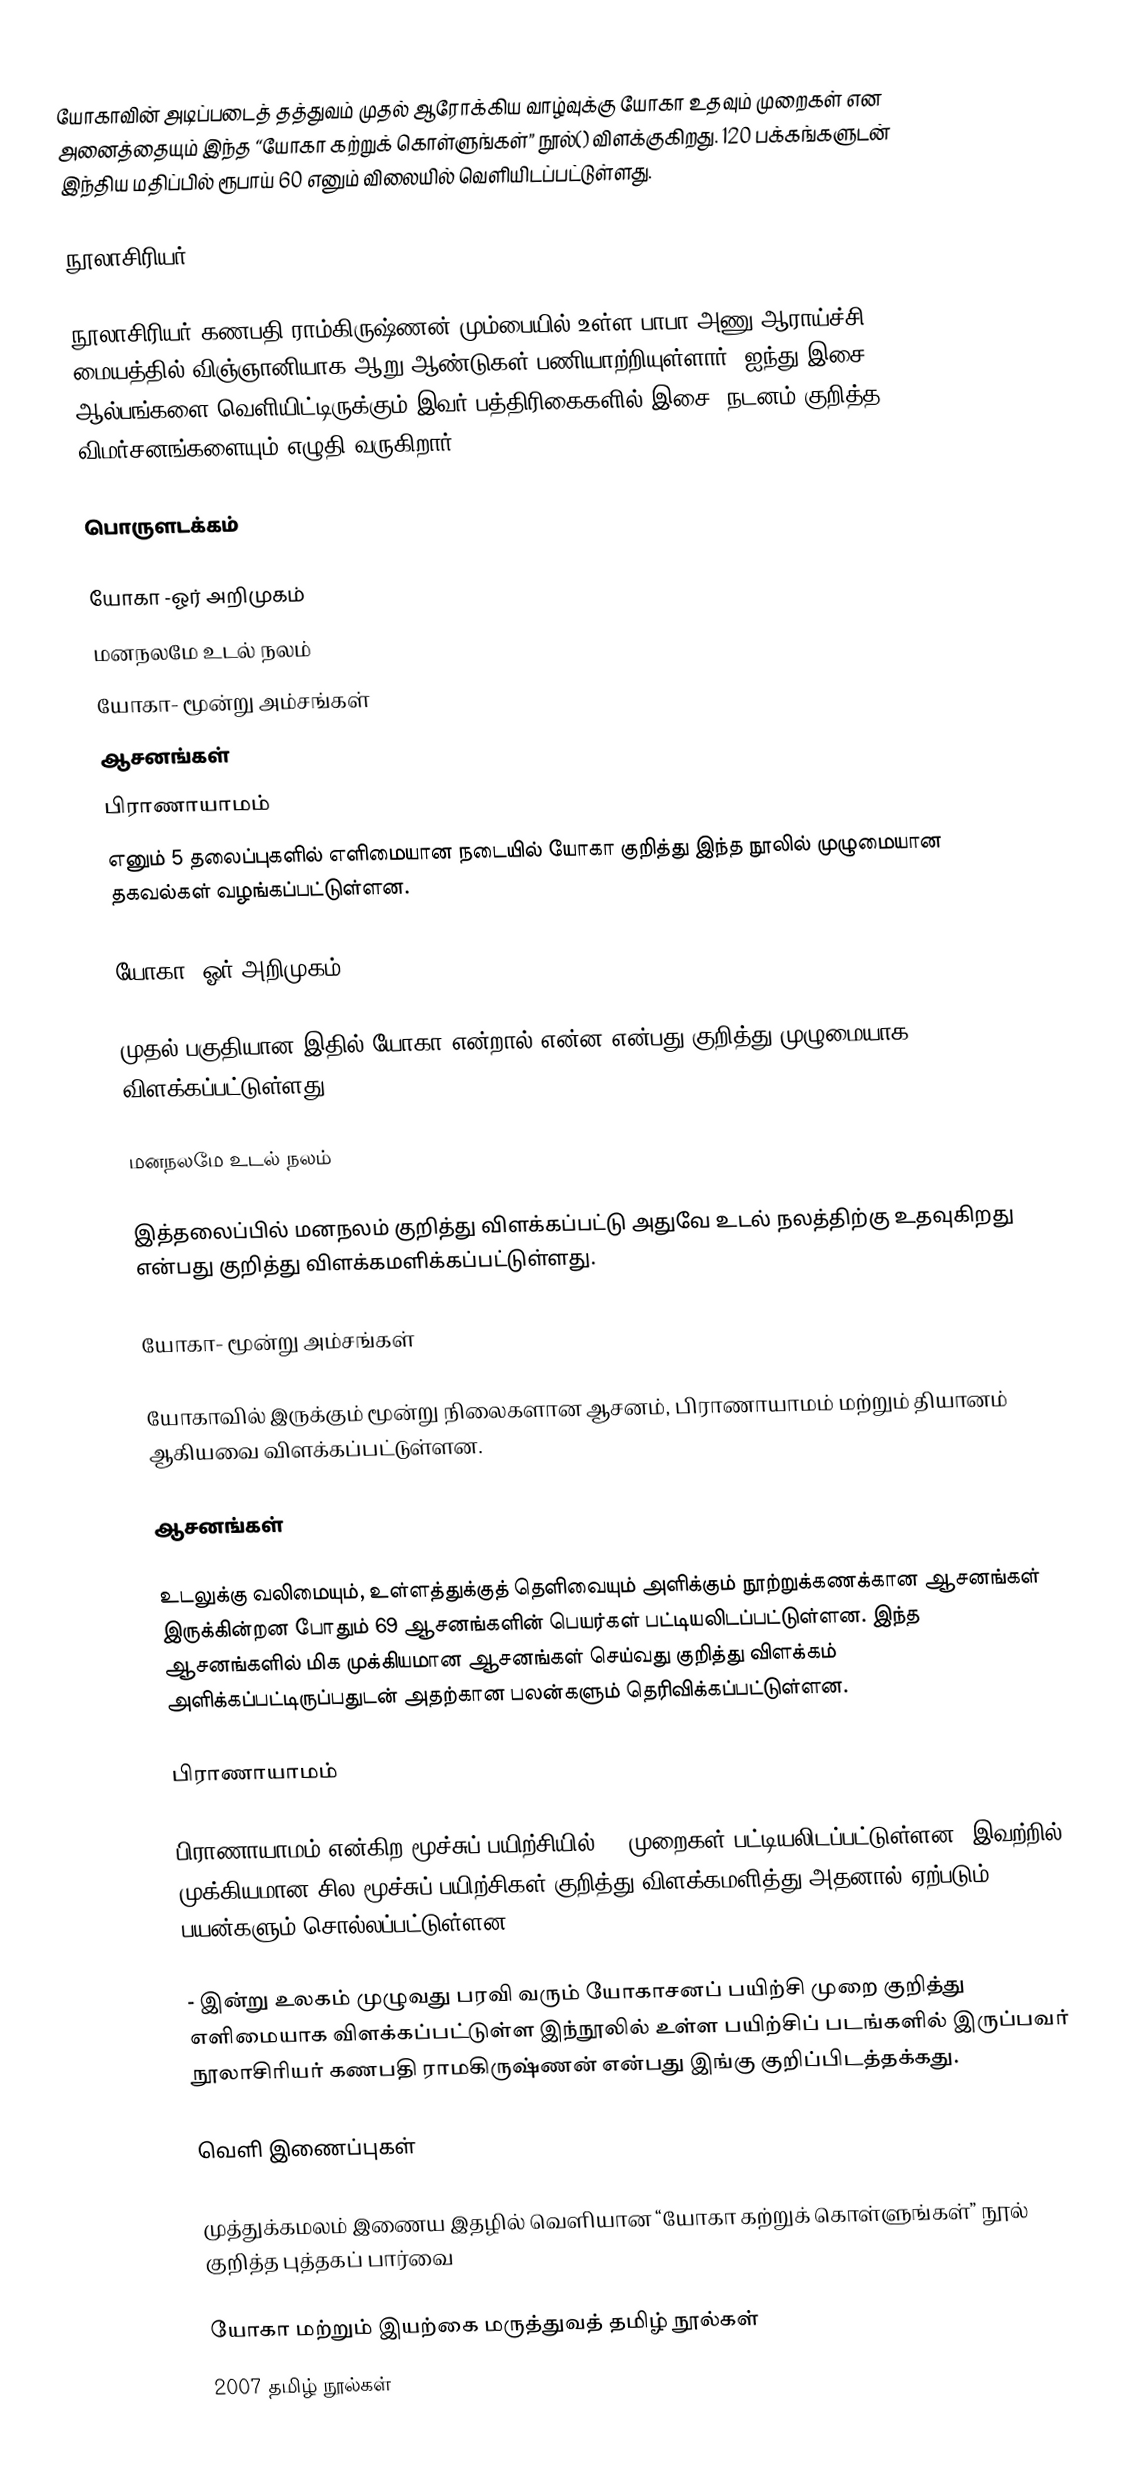
யோகாவின் அடிப்படைத் தத்துவம் முதல் ஆரோக்கிய வாழ்வுக்கு யோகா உதவும் முறைகள் என அனைத்தையும் இந்த “யோகா கற்றுக் கொள்ளுங்கள்” நூல்() விளக்குகிறது. 120 பக்கங்களுடன் இந்திய மதிப்பில் ரூபாய் 60 எனும் விலையில் வெளியிடப்பட்டுள்ளது.

நூலாசிரியர்

நூலாசிரியர் கணபதி ராம்கிருஷ்ணன் மும்பையில் உள்ள பாபா அணு ஆராய்ச்சி மையத்தில் விஞ்ஞானியாக ஆறு ஆண்டுகள் பணியாற்றியுள்ளார். ஐந்து இசை ஆல்பங்களை வெளியிட்டிருக்கும் இவர் பத்திரிகைகளில் இசை, நடனம் குறித்த விமர்சனங்களையும் எழுதி வருகிறார்.

பொருளடக்கம்

யோகா -ஓர் அறிமுகம்
மனநலமே உடல் நலம்
யோகா- மூன்று அம்சங்கள்
ஆசனங்கள்
பிராணாயாமம்
எனும் 5 தலைப்புகளில் எளிமையான நடையில் யோகா குறித்து இந்த நூலில் முழுமையான தகவல்கள் வழங்கப்பட்டுள்ளன.

யோகா -ஓர் அறிமுகம்

முதல் பகுதியான இதில் யோகா என்றால் என்ன என்பது குறித்து முழுமையாக விளக்கப்பட்டுள்ளது.

மனநலமே உடல் நலம்

இத்தலைப்பில் மனநலம் குறித்து விளக்கப்பட்டு அதுவே உடல் நலத்திற்கு உதவுகிறது என்பது குறித்து விளக்கமளிக்கப்பட்டுள்ளது.

யோகா- மூன்று அம்சங்கள்

யோகாவில் இருக்கும் மூன்று நிலைகளான ஆசனம், பிராணாயாமம்  மற்றும் தியானம்  ஆகியவை விளக்கப்பட்டுள்ளன.

ஆசனங்கள்

உடலுக்கு வலிமையும், உள்ளத்துக்குத் தெளிவையும் அளிக்கும் நூற்றுக்கணக்கான ஆசனங்கள் இருக்கின்றன போதும் 69 ஆசனங்களின் பெயர்கள் பட்டியலிடப்பட்டுள்ளன. இந்த ஆசனங்களில் மிக முக்கியமான ஆசனங்கள் செய்வது குறித்து விளக்கம் அளிக்கப்பட்டிருப்பதுடன் அதற்கான பலன்களும் தெரிவிக்கப்பட்டுள்ளன.

பிராணாயாமம்

பிராணாயாமம் என்கிற மூச்சுப் பயிற்சியில் 12 முறைகள் பட்டியலிடப்பட்டுள்ளன. இவற்றில் முக்கியமான சில மூச்சுப் பயிற்சிகள் குறித்து விளக்கமளித்து அதனால் ஏற்படும் பயன்களும் சொல்லப்பட்டுள்ளன.

- இன்று உலகம் முழுவது பரவி வரும் யோகாசனப் பயிற்சி முறை குறித்து எளிமையாக விளக்கப்பட்டுள்ள இந்நூலில் உள்ள பயிற்சிப் படங்களில் இருப்பவர் நூலாசிரியர் கணபதி ராமகிருஷ்ணன் என்பது இங்கு குறிப்பிடத்தக்கது.

வெளி இணைப்புகள்

  முத்துக்கமலம் இணைய இதழில் வெளியான “யோகா கற்றுக் கொள்ளுங்கள்” நூல் குறித்த புத்தகப் பார்வை

யோகா மற்றும் இயற்கை மருத்துவத் தமிழ் நூல்கள்
2007 தமிழ் நூல்கள்